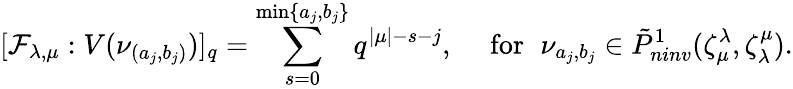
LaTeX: [\mathcal F_{\lambda,\mu}:V(\nu_{(a_{j},b_{j})})]_{q}=\sum_{s=0}^{\operatorname*{min}\{ a_{j},b_{j}\} }q^{|\mu|-s-j},\quad\mathrm{~for~}\, \, \nu_{a_{j},b_{j}}\in\tilde{P}_{ninv}^{1}(\zeta_{\mu}^{\lambda},\zeta_{\lambda}^{\mu}).